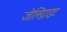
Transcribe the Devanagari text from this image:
जेलिग्नाइट